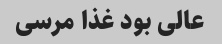
عالی بود غذا مرسی